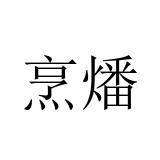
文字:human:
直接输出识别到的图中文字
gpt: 烹燔